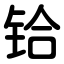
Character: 铪